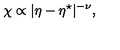
\chi \propto | \eta - \eta ^ { \star } | ^ { - \nu } , \,